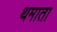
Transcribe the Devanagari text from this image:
थमाता